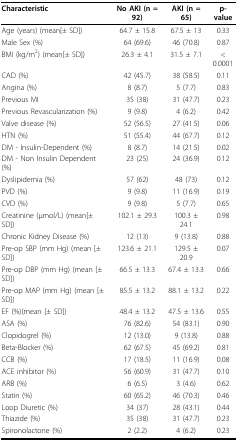
<table><thead><tr><td><b>Characteristic</b></td><td><b>No AKI (n = 92)</b></td><td><b>AKI (n = 65)</b></td><td><b>p-value</b></td></tr></thead><tbody><tr><td>Age (years) (mean[± SD])</td><td>64.7 ± 15.8</td><td>67.5 ± 13</td><td>0.33</td></tr><tr><td>Male Sex (%)</td><td>64 (69.6)</td><td>46 (70.8)</td><td>0.87</td></tr><tr><td>BMI (kg/m<sup>2</sup>) (mean[± SD])</td><td>26.3 ± 4.1</td><td>31.5 ± 7.1</td><td>&lt; 0.0001</td></tr><tr><td>CAD (%)</td><td>42 (45.7)</td><td>38 (58.5)</td><td>0.11</td></tr><tr><td>Angina (%)</td><td>8 (8.7)</td><td>5 (7.7)</td><td>0.83</td></tr><tr><td>Previous MI</td><td>35 (38)</td><td>31 (47.7)</td><td>0.23</td></tr><tr><td>Previous Revascularization (%)</td><td>9 (9.8)</td><td>4 (6.2)</td><td>0.42</td></tr><tr><td>Valve disease (%)</td><td>52 (56.5)</td><td>27 (41.5)</td><td>0.06</td></tr><tr><td>HTN (%)</td><td>51 (55.4)</td><td>44 (67.7)</td><td>0.12</td></tr><tr><td>DM - Insulin-Dependent (%)</td><td>8 (8.7)</td><td>14 (21.5)</td><td>0.02</td></tr><tr><td>DM - Non Insulin Dependent (%)</td><td>23 (25)</td><td>24 (36.9)</td><td>0.12</td></tr><tr><td>Dyslipidemia (%)</td><td>57 (62)</td><td>48 (73)</td><td>0.12</td></tr><tr><td>PVD (%)</td><td>9 (9.8)</td><td>11 (16.9)</td><td>0.19</td></tr><tr><td>CVD (%)</td><td>9 (9.8)</td><td>5 (7.7)</td><td>0.65</td></tr><tr><td>Creatinine (μmol/L) (mean[± SD])</td><td>102.1 ± 29.3</td><td>100.3 ± 24.1</td><td>0.98</td></tr><tr><td>Chronic Kidney Disease (%)</td><td>12 (13)</td><td>9 (13.8)</td><td>0.88</td></tr><tr><td>Pre-op SBP (mm Hg) (mean [± SD])</td><td>123.6 ± 21.1</td><td>129.5 ± 20.9</td><td>0.07</td></tr><tr><td>Pre-op DBP (mm Hg) (mean [± SD])</td><td>66.5 ± 13.3</td><td>67.4 ± 13.3</td><td>0.66</td></tr><tr><td>Pre-op MAP (mm Hg) (mean [± SD])</td><td>85.5 ± 13.2</td><td>88.1 ± 13.2</td><td>0.22</td></tr><tr><td>EF (%)(mean [± SD])</td><td>48.4 ± 13.2</td><td>47.5 ± 13.6</td><td>0.55</td></tr><tr><td>ASA (%)</td><td>76 (82.6)</td><td>54 (83.1)</td><td>0.90</td></tr><tr><td>Clopidogrel (%)</td><td>12 (13.0)</td><td>9 (13.8)</td><td>0.88</td></tr><tr><td>Beta-Blocker (%)</td><td>62 (67.5)</td><td>45 (69.2)</td><td>0.81</td></tr><tr><td>CCB (%)</td><td>17 (18.5)</td><td>11 (16.9)</td><td>0.08</td></tr><tr><td>ACE inhibitor (%)</td><td>56 (60.9)</td><td>31 (47.7)</td><td>0.10</td></tr><tr><td>ARB (%)</td><td>6 (6.5)</td><td>3 (4.6)</td><td>0.62</td></tr><tr><td>Statin (%)</td><td>60 (65.2)</td><td>46 (70.3)</td><td>0.46</td></tr><tr><td>Loop Diuretic (%)</td><td>34 (37)</td><td>28 (43.1)</td><td>0.44</td></tr><tr><td>Thiazide (%)</td><td>35 (38)</td><td>31 (47.7)</td><td>0.23</td></tr><tr><td>Spironolactone (%)</td><td>2 (2.2)</td><td>4 (6.2)</td><td>0.23</td></tr></tbody></table>